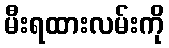
မီးရထားလမ်းကို